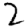
Digit: 2